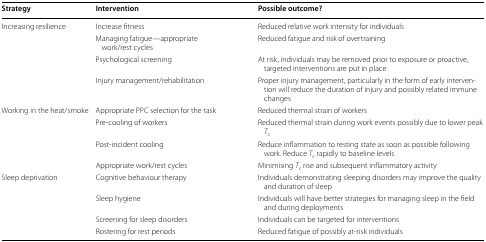
<table><thead><tr><td><b>Strategy</b></td><td><b>Intervention</b></td><td><b>Possible outcome?</b></td></tr></thead><tbody><tr><td rowspan="4">Increasing resilience</td><td>Increase fitness</td><td>Reduced relative work intensity for individuals</td></tr><tr><td>Managing fatigue—appropriate work/rest cycles</td><td>Reduced fatigue and risk of overtraining</td></tr><tr><td>Psychological screening</td><td>At risk, individuals may be removed prior to exposure or proactive, targeted interventions are put in place</td></tr><tr><td>Injury management/rehabilitation</td><td>Proper injury management, particularly in the form of early intervention will reduce the duration of injury and possibly related immune changes</td></tr><tr><td rowspan="4">Working in the heat/smoke</td><td>Appropriate PPC selection for the task</td><td>Reduced thermal strain of workers</td></tr><tr><td>Pre-cooling of workers</td><td>Reduced thermal strain during work events possibly due to lower peak <i>T</i><sub>c</sub></td></tr><tr><td>Post-incident cooling</td><td>Reduce inflammation to resting state as soon as possible following work. Reduce <i>T</i><sub>c</sub> rapidly to baseline levels</td></tr><tr><td>Appropriate work/rest cycles</td><td>Minimising <i>T</i><sub>c</sub> rise and subsequent inflammatory activity</td></tr><tr><td rowspan="4">Sleep deprivation</td><td>Cognitive behaviour therapy</td><td>Individuals demonstrating sleeping disorders may improve the quality and duration of sleep</td></tr><tr><td>Sleep hygiene</td><td>Individuals will have better strategies for managing sleep in the field and during deployments</td></tr><tr><td>Screening for sleep disorders</td><td>Individuals can be targeted for interventions</td></tr><tr><td>Rostering for rest periods</td><td>Reduced fatigue of possibly at-risk individuals</td></tr></tbody></table>